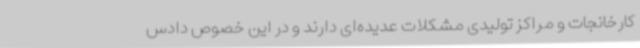
کارخانجات و مراکز تولیدی مشکلات عدیده‌ای دارند و در این خصوص دادس